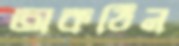
অকঠিন